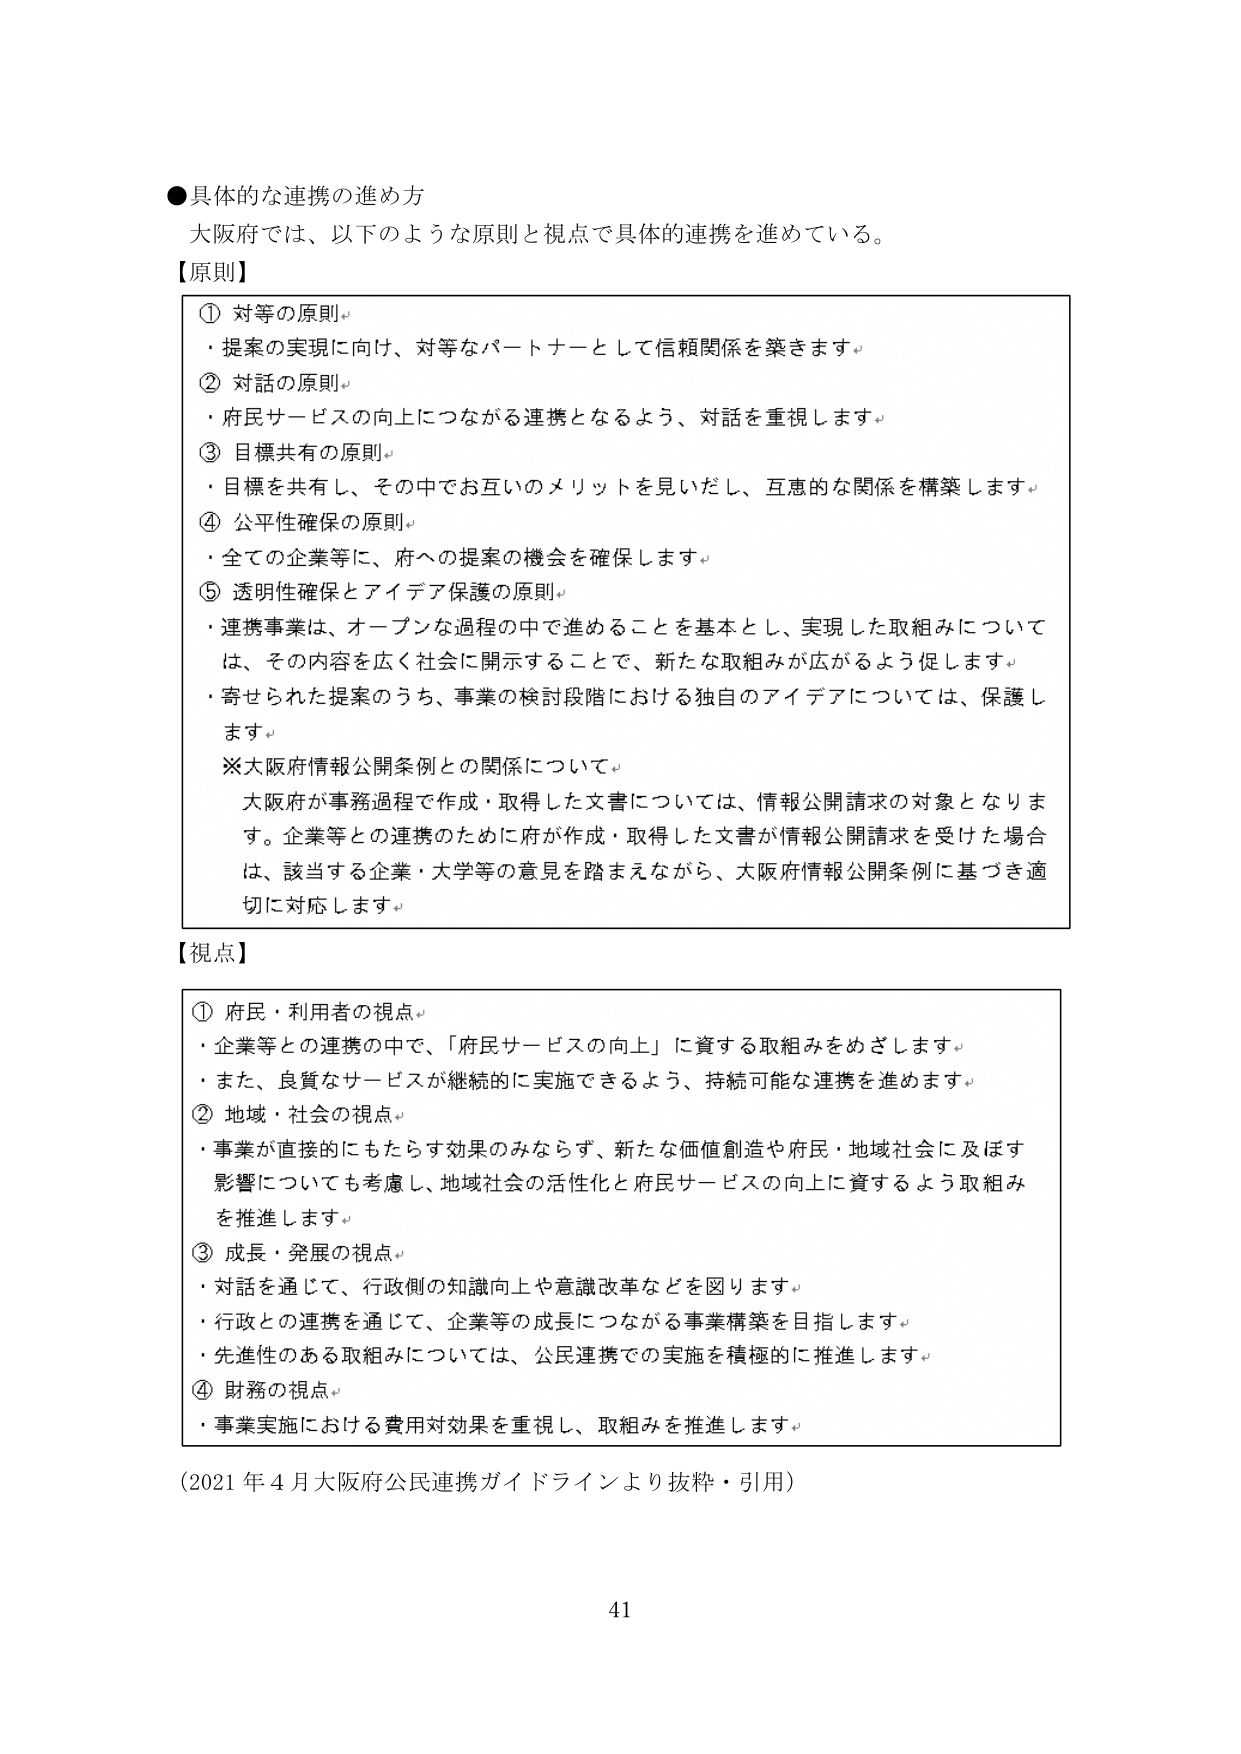
●具体的な連携の進め方
大阪府では、以下のような原則と視点で具体的連携を進めている。

【原則】
① 対等の原則
・提案の実現に向け、対等なパートナーとして信頼関係を築きます。
② 対話の原則
・府民サービスの向上につながる連携となるよう、対話を重視します。
③ 目標共有の原則
・目標を共有し、その中でお互いのメリットを見いだし、互恵的な関係を構築します。
④ 公平性確保の原則
・全ての企業等に、府への提案の機会を確保します。
⑤ 透明性確保とアイデア保護の原則
・連携事業は、オープンな過程の中で進めることを基本とし、実現した取組みについては、その内容を広く社会に開示することで、新たな取組みが広がるよう促します。
・寄せられた提案のうち、事業の検討段階における独自のアイデアについては、保護します。
※大阪府情報公開条例との関係について
大阪府が事務過程で作成・取得した文書については、情報公開請求の対象となります。企業等との連携のために府が作成・取得した文書が情報公開請求を受けた場合は、該当する企業・大学等の意見を踏まえながら、大阪府情報公開条例に基づき適切に対応します。

【視点】
① 府民・利用者の視点
・企業等との連携の中で、「府民サービスの向上」に資する取組みをめざします。
・また、良質なサービスが継続的に実施できるよう、持続可能な連携を進めます。
② 地域・社会の視点
・事業が直接的にもたらす効果のみならず、新たな価値創造や府民・地域社会に及ぼす影響についても考慮し、地域社会の活性化と府民サービスの向上に資するよう取組みを推進します。
③ 成長・発展の視点
・対話を通じて、行政側の知識向上や意識改革などを図ります。
・行政との連携を通じて、企業等の成長につながる事業構築を目指します。
・先進性のある取組みについては、公民連携での実施を積極的に推進します。
④ 財務の視点
・事業実施における費用対効果を重視し、取組みを推進します。

（2021年4月大阪府公民連携ガイドラインより抜粋・引用）

41